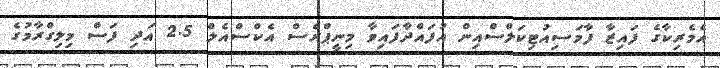
އެމެރިކާގެ ފައިޒާ ފާމަސިއުޓިކަލްސްއިން އުފައްދާފައިވާ މިނީޕްރެސް އެކްސްއެލް 2.5 އަދި ފަސް މިލިގްރާމުގެ